Annual administration report of the Civil Veterinary Department of India - 1897-1898
Year: 1897
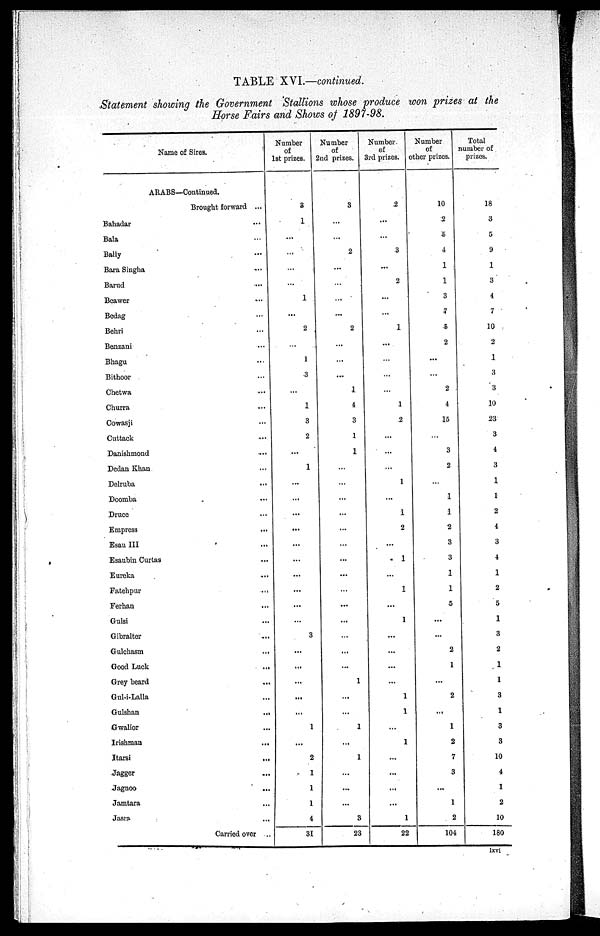
TABLE XVI.—continued.
Statement showing the Government Stallions whose produce won prizes at the
Horse Fairs and Shows of 1897—98.
Name of Sires.
ARABS—Continued.
Brought forward ...
Bahadar ...
Bala ...
Bally ...
Bara Singha ...
Barud ...
Beawer ...
Bedag ...
Behri ...
Benzani ...
Bhagu ...
Bithoor ...
Chetwa ...
Churra ...
Cowasji ...
Cuttack ...
Danishmond ...
Dedan Khan ...
Delruba
...
Doomba ...
Druce ...
Empress
...
Esau III ...
Esaubin Curtas ...
Eureka ...
Fatehpur
...
Ferhan ...
Gulsi ...
Gibralter ...
Gulchasm
...
Good Luck
...
Grey beard ...
Gul—i—Lalla ...
Gulshan
...
Gwalior ...
Irishman ...
Itarsi
...
Jagger ...
Jagnoo
...
Jamtara ...
Jasra ...
Carried over ..
Number
of
1st prizes.
3
1
...
...
...
...
1
...
2
...
1
3
...
1
3
2
...
1
...
...
...
...
...
...
...
...
....
...
3
...
...
...
...
...
1
...
2
1
1
1
4
31
Number
of
2nd prizes.
3
...
...
2
...
...
...
...
2
...
...
...
1
4
3
1
1
....
...
...
...
...
...
....
...
...
....
...
...
...
...
1
...
...
1
...
1
...
...
...
3
23
Number
of
3rd prizes.
2
...
...
3
...
2
...
...
1
...
...
...
...
1
2
...
...
...
1
...
1
2
...
1
...
1
...
1
...
...
...
...
1
1
...
1
...
...
...
...
1
22
Number
of
other prizes.
10
2
5
4
1
1
3
7
5
2
...
...
2
4
15
...
3
2
...
1
1
2
3
3
1
1
5
...
...
2
1
...
2
...
1
2
7
3
...
1
2
104
Total
number of
prizes.
18
3
5
9
1
3
4
7
10
2
1
3
3
10
23
3
4
3
1
1
2
4
3
4
1
2
5
1
3
2
1
1
3
1
3
3
10
4
1
2
10
180
lxvi